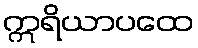
ဣရိယာပထေ